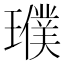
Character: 𤪟